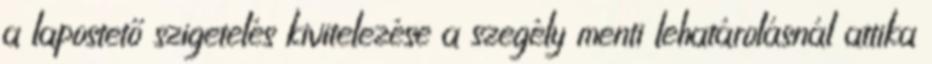
a lapostető szigetelés kivitelezése a szegély menti lehatárolásnál attika